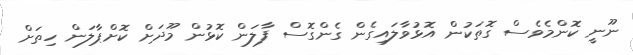
ނޫނީ ކޮންމެވެސް ގޮތަކުން އޮޅުވާލައިގެން ގެންގޮސް ފާލަން ކޮޅުން މޫދަށް ކޮށްޕާލަން ހިތަށް